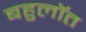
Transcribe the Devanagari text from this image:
बहुलॉत